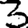
Digit: 3